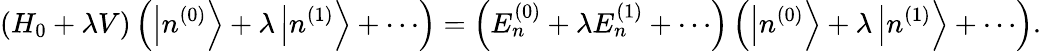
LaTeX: \left(H_{0}+\lambda V\right)\left(\left|n^{(0)}\right\rangle+\lambda\left|n^{(1)}\right\rangle+\cdots\right)=\left(E_{n}^{(0)}+\lambda E_{n}^{(1)}+\cdots\right)\left(\left|n^{(0)}\right\rangle+\lambda\left|n^{(1)}\right\rangle+\cdots\right).